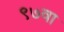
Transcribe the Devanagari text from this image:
९७वा